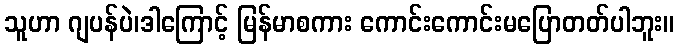
သူဟာ ဂျပန်ပဲ၊ဒါကြောင့် မြန်မာစကား ကောင်းကောင်းမပြောတတ်ပါဘူး။